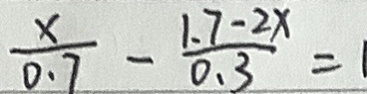
\frac { x } { 0 . 7 } - \frac { 1 . 7 - 2 x } { 0 . 3 } = 1